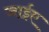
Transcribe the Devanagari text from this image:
जाईए